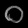
Digit: ၀